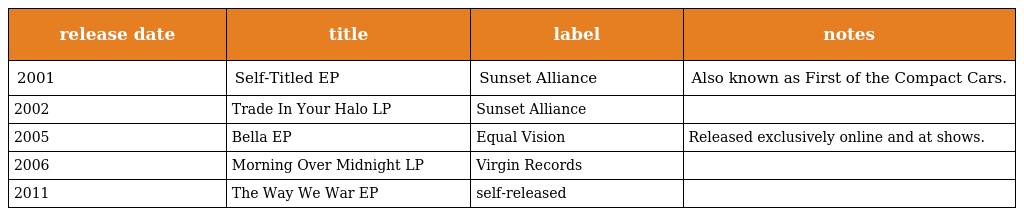
| release date | title | label | notes |
 | --- | --- | --- | --- |
 | 2001 | Self-Titled EP | Sunset Alliance | Also known as First of the Compact Cars. |
 | 2002 | Trade In Your Halo LP | Sunset Alliance |  |
 | 2005 | Bella EP | Equal Vision | Released exclusively online and at shows. |
 | 2006 | Morning Over Midnight LP | Virgin Records |  |
 | 2011 | The Way We War EP | self-released |  |